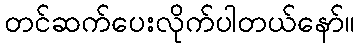
တင်ဆက်ပေးလိုက်ပါတယ်နော်။